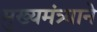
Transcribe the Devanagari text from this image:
मुख्यमंत्र्याने